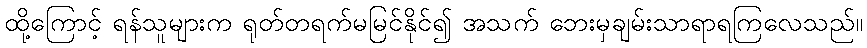
ထို့ကြောင့် ရန်သူများက ရုတ်တရက်မမြင်နိုင်၍ အသက် ဘေးမှချမ်းသာရာရကြလေသည်။